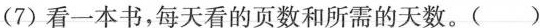
7)看一本书，每天看的页数和所需的天数。( )